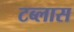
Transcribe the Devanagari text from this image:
टब्लास